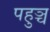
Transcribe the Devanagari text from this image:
पहुञ्च